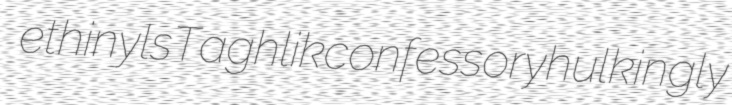
ethinyls Taghlik confessory hulkingly